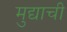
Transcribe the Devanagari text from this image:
मुद्याची